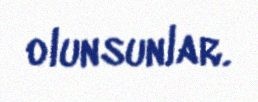
olunsunlar.